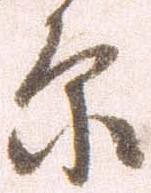
原